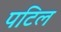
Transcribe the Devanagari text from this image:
पटिल